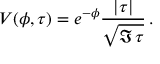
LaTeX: V ( \phi , \tau ) = e ^ { - \phi } { \frac { | \tau | } { \sqrt { \Im \, \tau } } } \, .